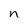
Character: n